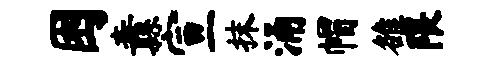
困纛宣抹涌帽雒隈